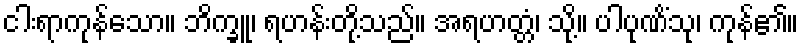
ငါးရာကုန်သော။ ဘိက္ခူ၊ ရဟန်းတို့သည်။ အရဟတ္တံ၊ သို့။ ပါပုဏိံသု၊ ကုန်၏။